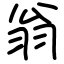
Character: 翁